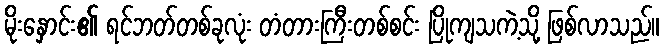
မိုးနှောင်း၏ ရင်ဘတ်တစ်ခုလုံး တံတားကြီးတစ်စင်း ပြိုကျသကဲ့သို့ ဖြစ်လာသည်။